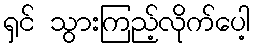
ရှင် သွားကြည့်လိုက်ပေါ့